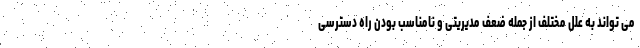
می تواند به علل مختلف از جمله ضعف مدیریتی و نامناسب بودن راه دسترسی